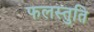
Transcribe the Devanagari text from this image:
फलस्तुति